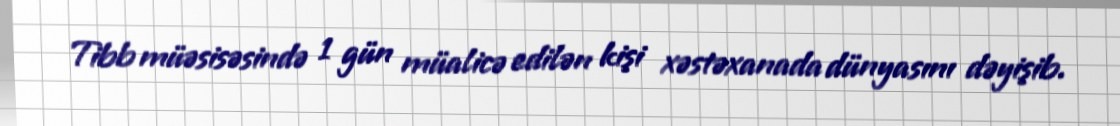
Tibb müəsisəsində 1 gün müalicə edilən kişi xəstəxanada dünyasını dəyişib.